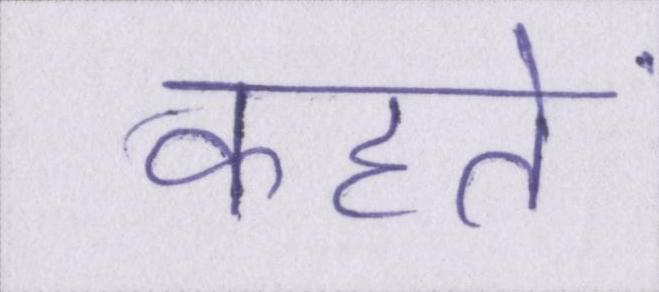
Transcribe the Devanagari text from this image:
कहतें